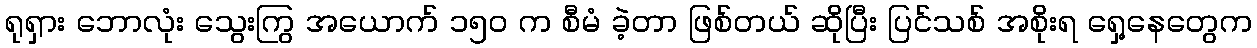
ရုရှား ဘောလုံး သွေးကြွ အယောက် ၁၅ဝ က စီမံ ခဲ့တာ ဖြစ်တယ် ဆိုပြီး ပြင်သစ် အစိုးရ ရှေ့နေတွေက